Juri_Uluots, lk 31
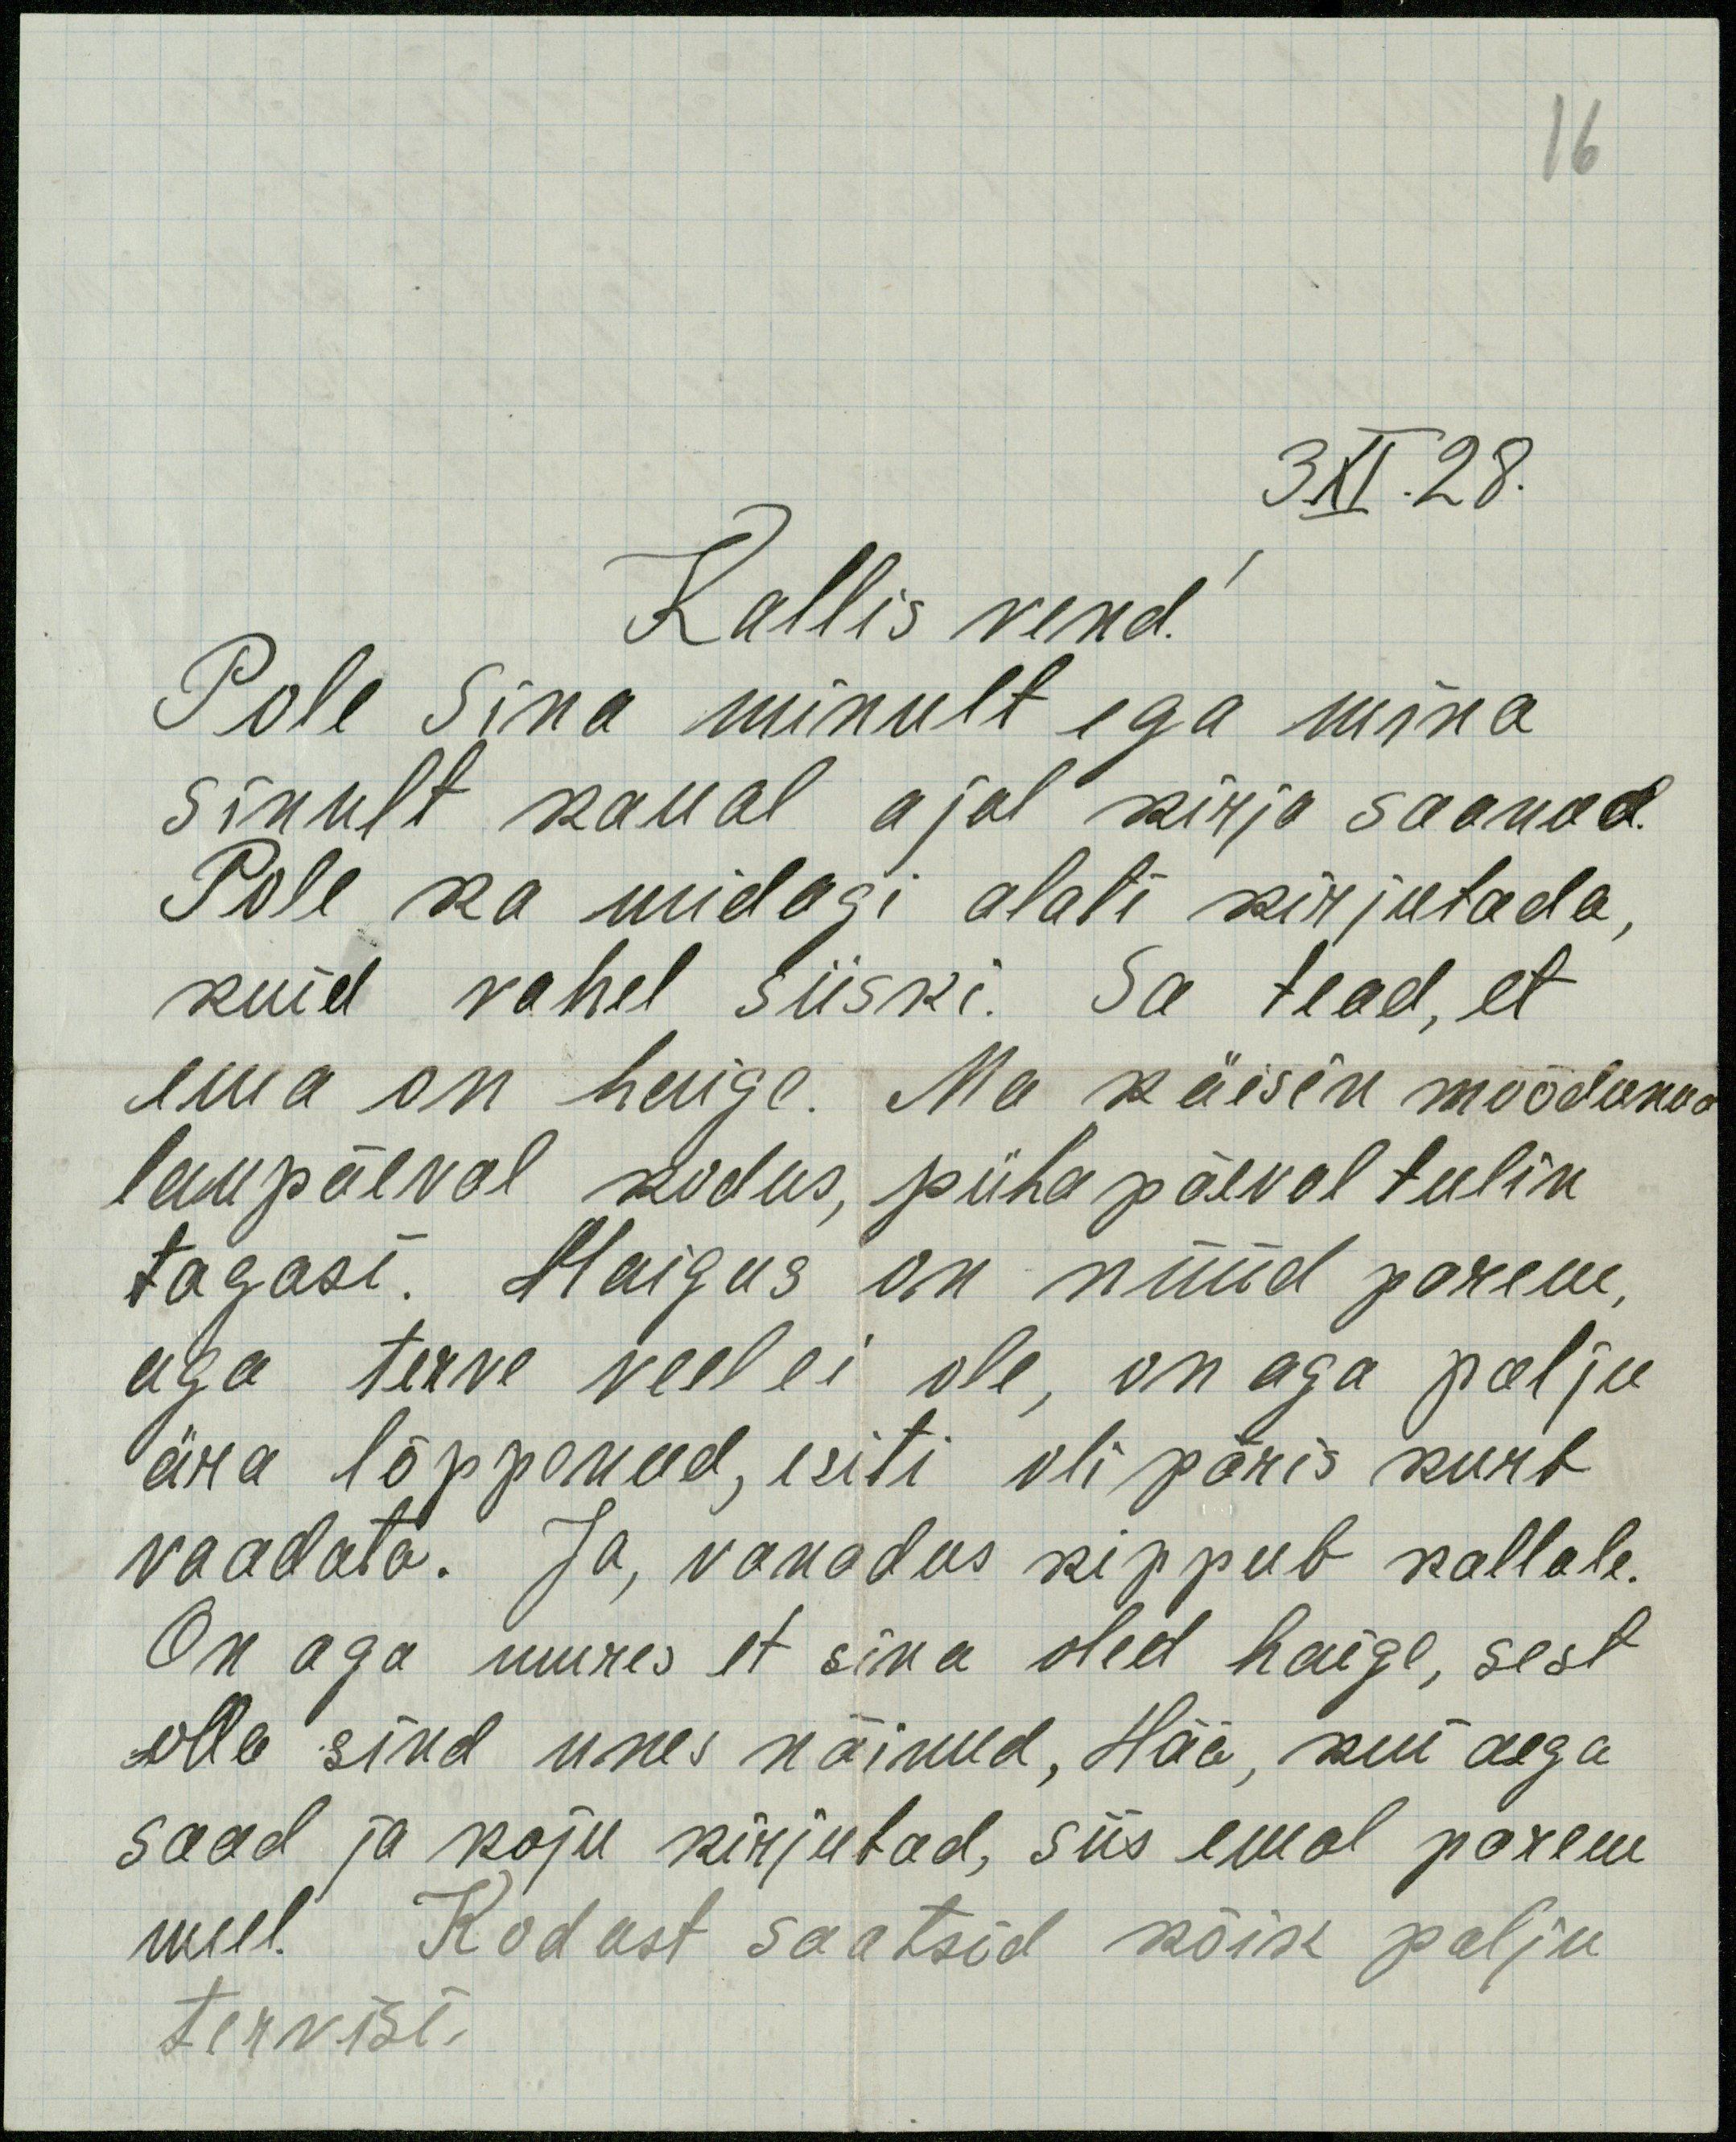
3.XI.28
Kallis vend!
Pole Sina minult ega mina
sinult kaual ajal kirja saanud.
Pole ka midagi alati kirjutada,
kuid vahel siiski. Sa tead, et
ema on haige. Ma käisin möödunud
laupäeval kodus, pühapäeval tulin
tagasi. Haigus on nüüd parem,
aga terve veel ei ole, on aga palju
ära lõppenud, esiti oli päris kurb
vaadata. Ja, vanadus kippub kallale.
On aga mures et sina oled haige, sest
olla sind unes näinud, Hää, kui aega
saad ja koju kirjutad, siis emal parem
meel. Kodust saatsid kõik palju
tervisi.